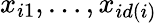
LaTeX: x_{i1},\dots,x_{id(i)}